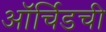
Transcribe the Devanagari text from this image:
ऑर्चिडची